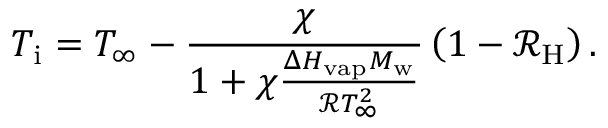
T _ { \mathrm { i } } = T _ { \infty } - \frac { \chi } { 1 + \chi \frac { \Delta H _ { \mathrm { v a p } } M _ { \mathrm { w } } } { \mathcal { R } T _ { \infty } ^ { 2 } } } \left( 1 - \mathcal { R } _ { \mathrm { H } } \right) .